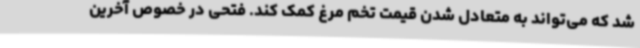
شد که می‌تواند به متعادل شدن قیمت تخم مرغ کمک کند. فتحی در خصوص آخرین